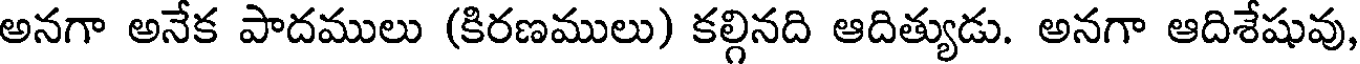
అనగా అనేక పాదములు (కిరణములు) కల్గినది ఆదిత్యుడు. అనగా ఆదిశేషువు,